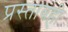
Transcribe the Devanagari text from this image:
प्रस्तावही